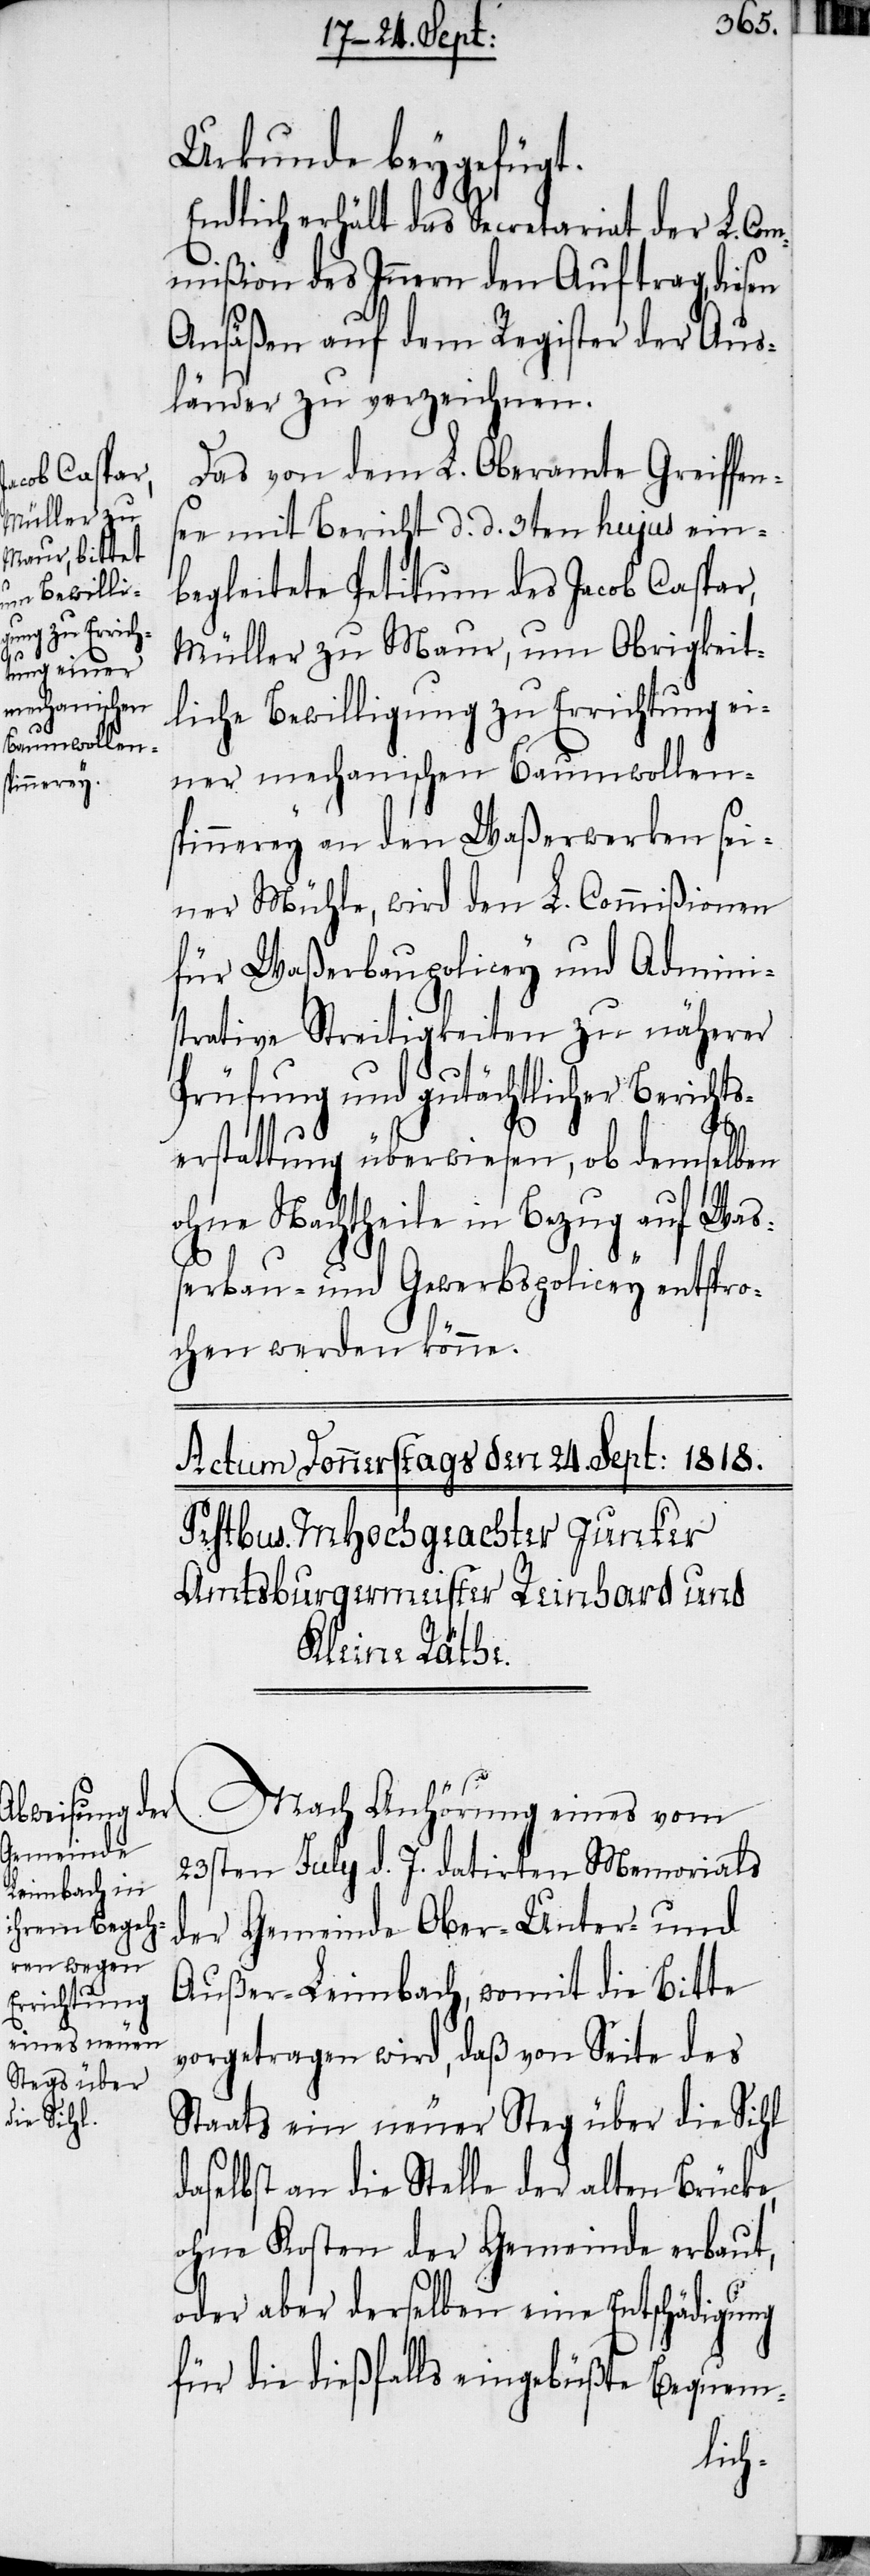
Urkunde beygefügt.
Endlich erhält das Secretariat der L. Com¬
mißion des Innern den Auftrag, diesen
Ansäßen auf dem Register der Aus¬
länder zu verzeichnen.
Das von dem L. Oberamte Greiffen¬
see mit Bericht d. d. 3ten hujus ein¬
begleitete Petitum des Jacob Caspar,
Müller zu Maur, um Obrigkeit¬
liche Bewilligung zu Errichtung ei¬
ner mechanischen Baumwollen¬
spinnerey an den Waßerwerken sei¬
ner Mühle, wird den L. Commißionen
für Waßerbaupolicey und Admini¬
strative Streitigkeiten zu näherer
Prüfung und gutächtlicher Berichts¬
erstattung überwiesen, ob demselben
ohne Nachtheile in Bezug auf Waß¬
erbau- und Gewerbspolicey entspro¬
chen werden könne.
Nach Anhörung eines vom
23sten July d. J. datirten Memorials
der Gemeinde Ober- Unter- und
Außer-Leimbach, womit die Bitte
vorgetragen wird, daß von Seite des
Staats ein neuer Steg über die Sihl
daselbst an die Stelle der alten Brücke,
ohne Kosten der Gemeinde erbaut,
oder aber derselben eine Entschädigung
für die dießfalls eingebüßte Bequem-